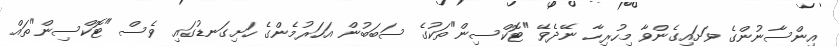
އިންސާނުންގެ ވަށައިގެންވާ މިހުރިހާ ނޭދެވޭ "ޓޮކްސިން"ތަކުގެ ސަބަބުން އަހަރުމެންގެ ހަށިގަނޑުގައި ވެސް "ޓޮކްސިން"ތައް